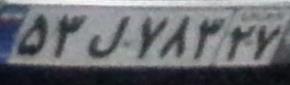
۵۳ل۷۸۳۲۷